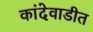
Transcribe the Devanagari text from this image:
कांदेवाडीत